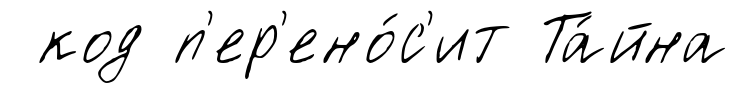
код п'ер'ено́с'ит Та́йна